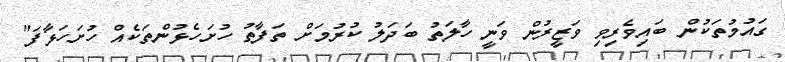
ގައުމުތަކުން ބައިވެރިވި ވަޒީރުން ވަނީ ހާލަތު ބަދަލު ކުރުމަށް ތަފާތު ހުށަހެޅުންތަކެއް ހުށަހަޅާފަ"